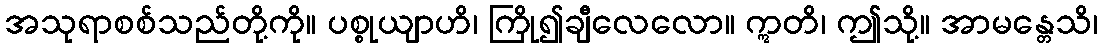
အသုရာစစ်သည်တို့ကို။ ပစ္စုယျာဟိ၊ ကြို၍ချီလေလော။ ဣတိ၊ ဤသို့။ အာမန္တေသိ၊